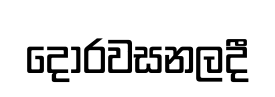
දොරවසනලදී